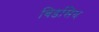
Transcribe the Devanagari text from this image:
बिडसिथ